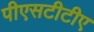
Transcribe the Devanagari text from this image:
पीएसटीटीए